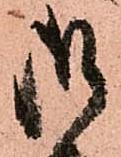
御